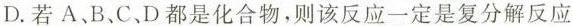
D.若A、B、C、D都是化合物，则该反应一定是复分解反应